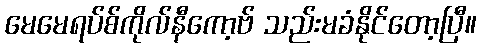
မေမေရပ်စ်ကိုလ်နီကော့ဗ် သည်းမခံနိုင်တော့ပြီ။